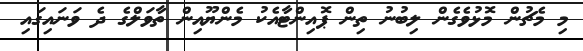
މި މެޗުން މޮޅުވެގެން ލިބުނު ތިން ޕޮއިންޓާއެކު މެންޔޫއިން ތާވަލްގެ ދެ ވަނައިގައި